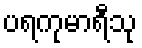
ပရကုမာရီသု